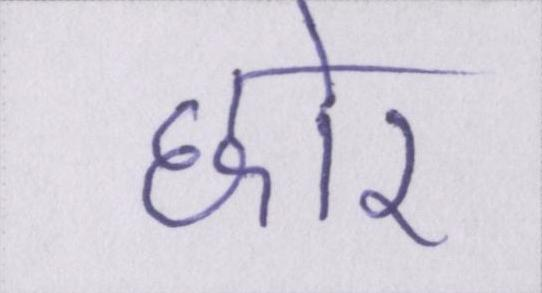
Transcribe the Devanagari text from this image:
छोर